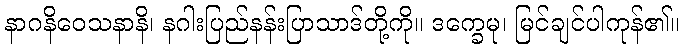
နာဂနိဝေသနာနိ၊ နဂါးပြည်နန်းပြာသာဒ်တို့ကို။ ဒက္ခေမု၊ မြင်ချင်ပါကုန်၏။